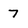
Character: 7